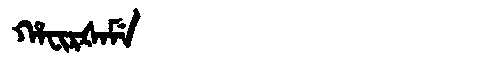
Manchu: ᡥᠠᠸᡳᡵᡧᠠᠮᡝ
Romanization: HAFIRŠAME